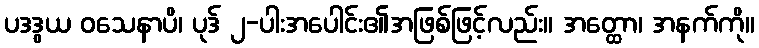
ပဒဒွယ ဝသေနာပိ၊ ပုဒ် ၂-ပါးအပေါင်း၏အဖြစ်ဖြင့်လည်း။ အတ္ထော၊ အနက်ကို။